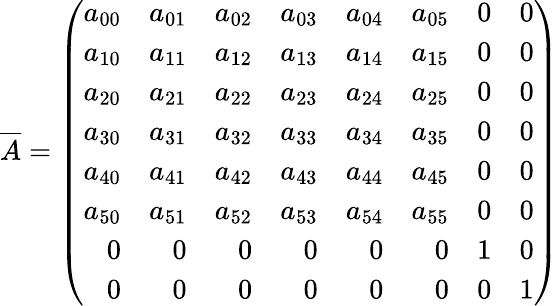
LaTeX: \overline{{A}}=\left(\begin{array}{rrrrrrrr}{a_{00}}&{a_{01}}&{a_{02}}&{a_{03}}&{a_{04}}&{a_{05}}&{0}&{0}\\ {a_{10}}&{a_{11}}&{a_{12}}&{a_{13}}&{a_{14}}&{a_{15}}&{0}&{0}\\ {a_{20}}&{a_{21}}&{a_{22}}&{a_{23}}&{a_{24}}&{a_{25}}&{0}&{0}\\ {a_{30}}&{a_{31}}&{a_{32}}&{a_{33}}&{a_{34}}&{a_{35}}&{0}&{0}\\ {a_{40}}&{a_{41}}&{a_{42}}&{a_{43}}&{a_{44}}&{a_{45}}&{0}&{0}\\ {a_{50}}&{a_{51}}&{a_{52}}&{a_{53}}&{a_{54}}&{a_{55}}&{0}&{0}\\ {0}&{0}&{0}&{0}&{0}&{0}&{1}&{0}\\ {0}&{0}&{0}&{0}&{0}&{0}&{0}&{1}\end{array}\right)